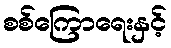
စစ်ကြောရေးနှင့်